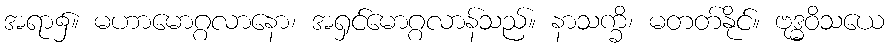
အရာ၌။ မဟာမောဂ္ဂလာနော၊ အရှင်မောဂ္ဂလာန်သည်။ နာသက္ခိ၊ မတတ်နိုင်။ ဗုဒ္ဓဝိသယေ